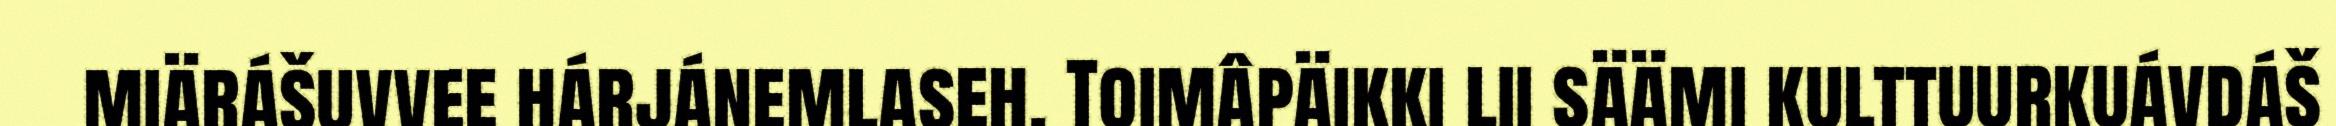
miärášuvvee hárjánemlaseh. Toimâpäikki lii säämi kulttuurkuávdáš